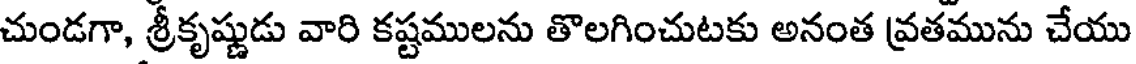
చుండగా, శ్రీకృష్ణుడు వారి కష్టములను తొలగించుటకు అనంత వ్రతమును చేయు